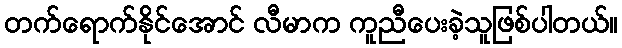
တက်ရောက်နိုင်အောင် လီမာက ကူညီပေးခဲ့သူဖြစ်ပါတယ်။